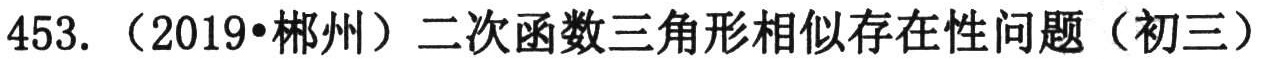
453. （2019•郴州）二次函数三角形相似存在性问题（初三）